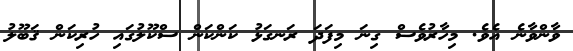
ވާންވާނެ އެވެ. މިހާރުވެސް ގިނަ މިފަދަ ރަނގަޅު ކަންކަން ސްކޫލުގައި ހުރިކަން ޤަބޫލު